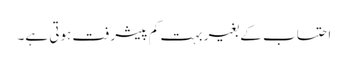
احتساب کے بغیر بہت کم پیشرفت ہوتی ہے۔